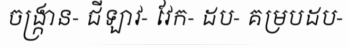
ចង្ក្រាន- ជីឡាវ- វែក- ដប- គម្របដប-